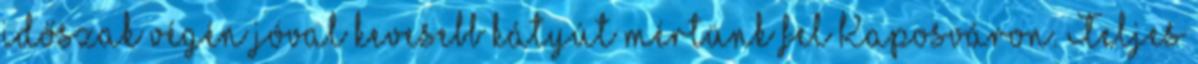
időszak végén jóval kevesebb kátyút mértünk fel Kaposváron. Teljes